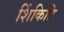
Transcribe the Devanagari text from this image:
शिंकिटि